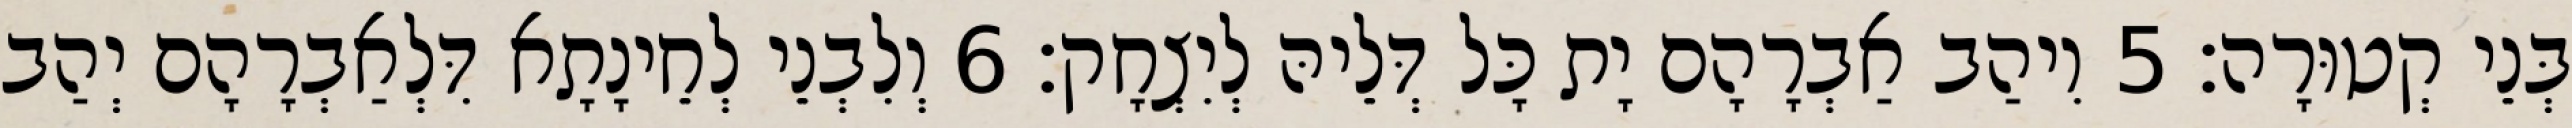
בְּנֵי קְטוּרָה׃ 5 וִיהַב אַבְרָהָם יָת כָּל דְּלֵיהּ לְיִצְחָק׃ 6 וְלִבְנֵי לְחֵינָתָא דִּלְאַבְרָהָם יְהַב